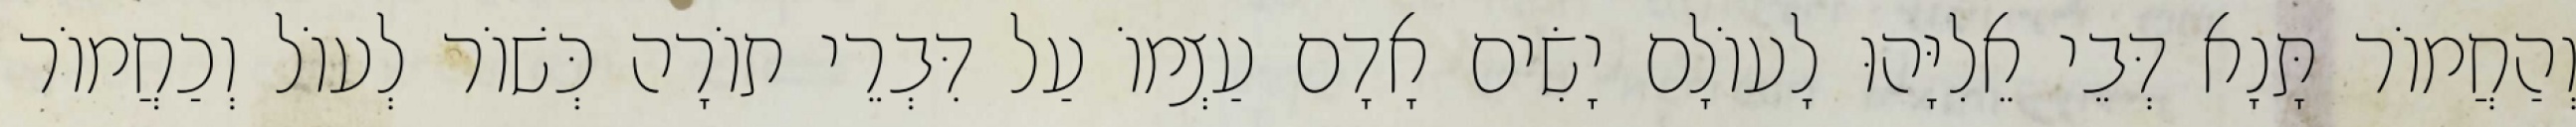
וְהַחֲמוֹר תָּנָא דְּבֵי אֵלִיָּהוּ לָעוֹלָם יָשִׂים אָדָם עַצְמוֹ עַל דִּבְרֵי תוֹרָה כְּשׁוֹר לְעוֹל וְכַחֲמוֹר